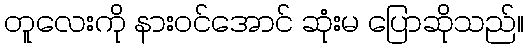
တူလေးကို နားဝင်အောင် ဆုံးမ ပြောဆိုသည်။